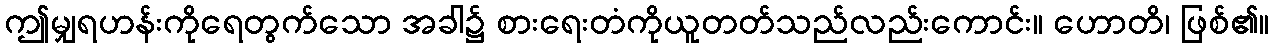
ဤမျှရဟန်းကိုရေတွက်သော အခါ၌ စားရေးတံကိုယူတတ်သည်လည်းကောင်း။ ဟောတိ၊ ဖြစ်၏။